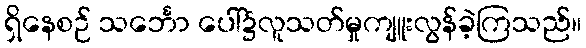
ရှိနေစဉ် သင်္ဘော ပေါ်၌လူသတ်မှုကျူးလွန်ခဲ့ကြသည်။